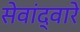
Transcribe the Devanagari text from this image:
सेवांद्वारे